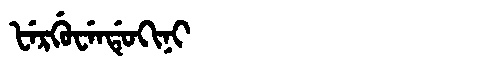
Manchu: ᡶᡝᡵᡤᡠᠸᡝᠨᡩᡠᡴᡳᠨᡳ
Romanization: FERGUWENDUKINI